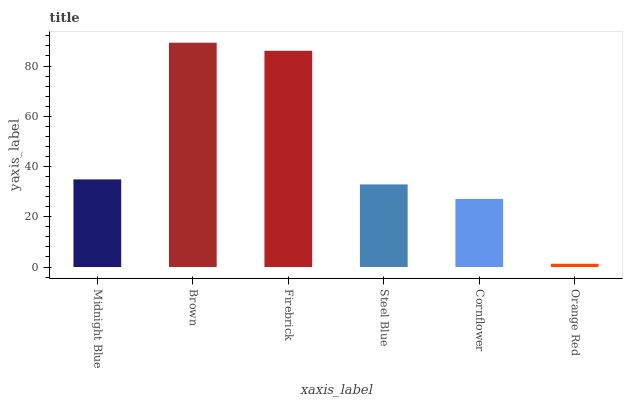
| xaxis_label | bars |
 | --- | --- |
 | Midnight Blue | 34.9 |
 | Brown | 89.3 |
 | Firebrick | 86.1 |
 | Steel Blue | 32.9 |
 | Cornflower | 27.1 |
 | Orange Red | 1.3 |